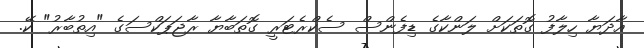
އާދަޔާ ހިލާފު ގޮތަކަށް ލަންކާގެ ޑިފެންސް ސެކްރެޓަރީ ގޮތަބާޔާ ރާޖަޕަކްސަގެ "އިތުބާރު" ކޭ.